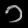
Digit: ၁